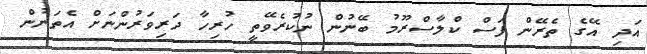
އަދި އޭގެ ތެރޭން ފަސް ކްލާސްރޫމު ބޭނުން ނުކުރެވޭތީ ހުރިހާ ދަރިވަރުންނަށް އެތަނުން